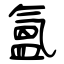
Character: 氳